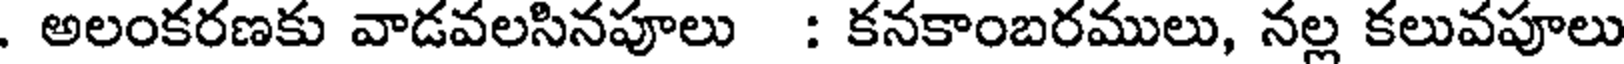
. అలంకరణకు వాడవలసినపూలు : కనకాంబరములు, నల్ల కలువపూలు